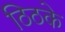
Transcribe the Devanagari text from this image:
ठिठके